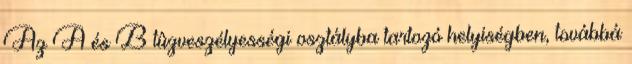
Az A és B tûzveszélyességi osztályba tartozó helyiségben, továbbá